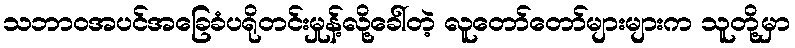
သဘာဝအပင်အခြေခံပရိုတင်းမှုန့်လို့ခေါ်တဲ့ လူတော်တော်များများက သူတို့မှာ